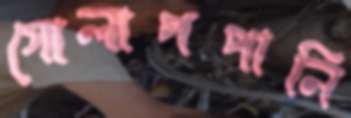
গোলাপপানি